65_HS1-834228961_62-HQ-83894_Section_7
Agency: FBI
Page 197
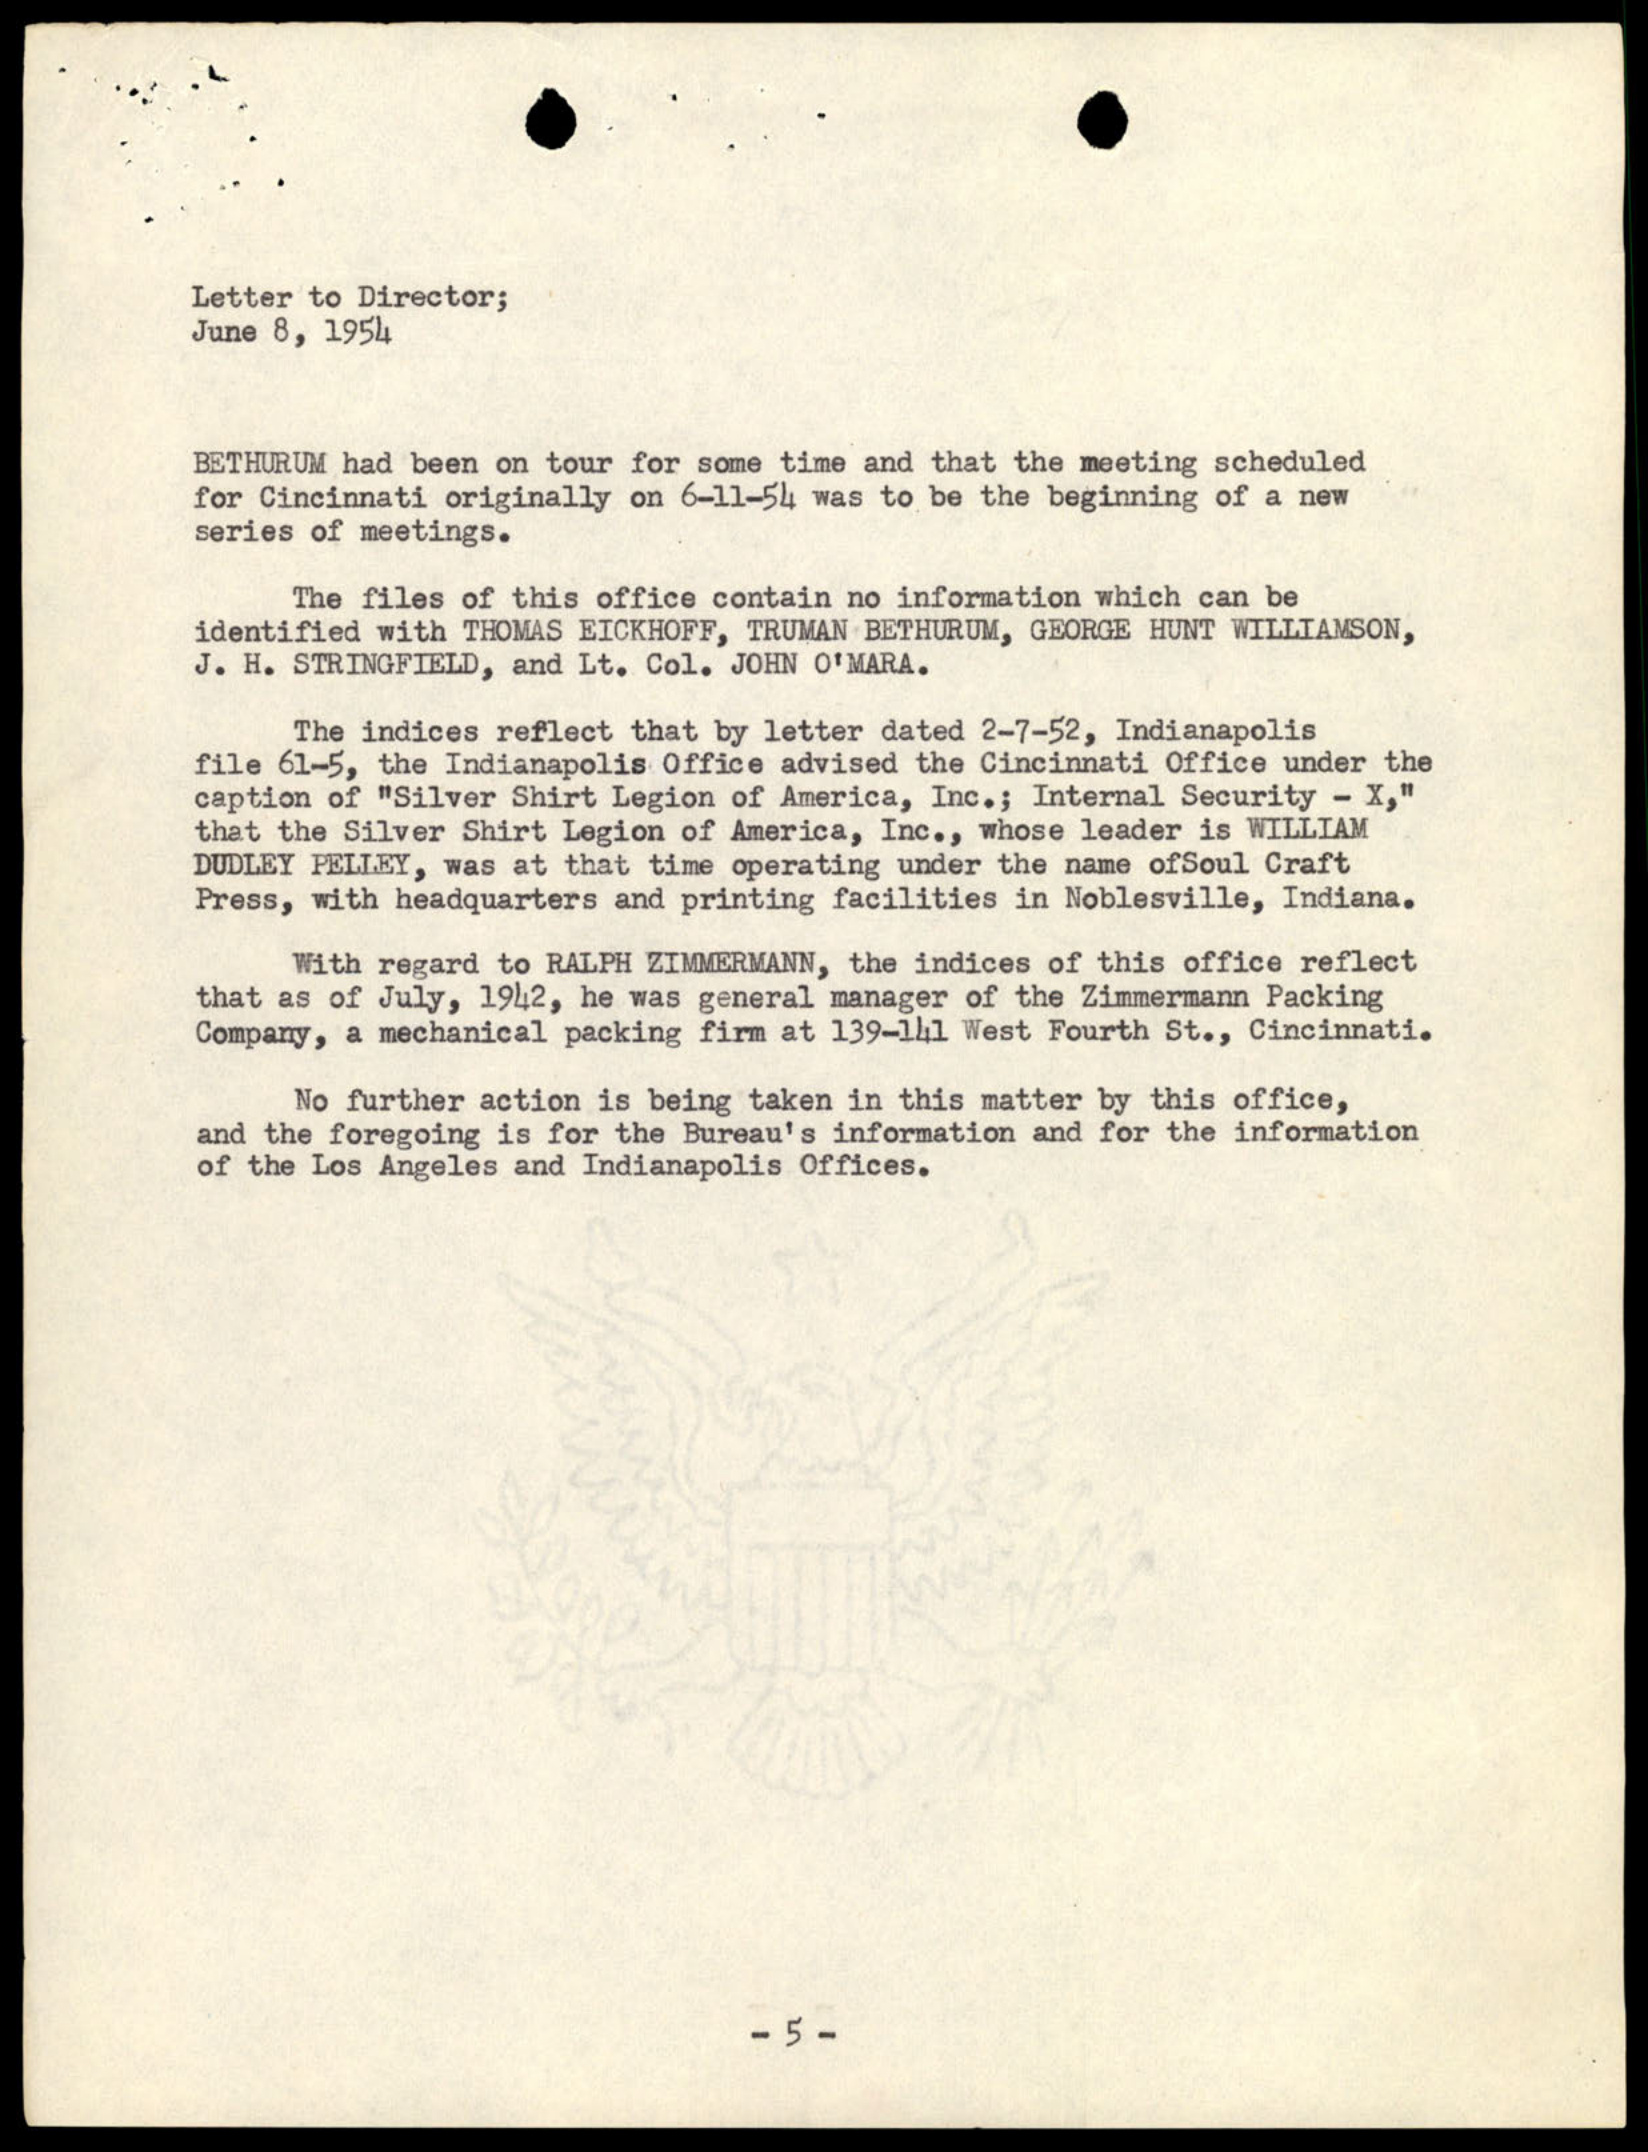